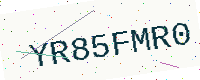
Text: YR85FMR0